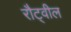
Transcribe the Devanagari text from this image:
रौट्वील